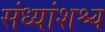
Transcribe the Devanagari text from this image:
संध्यांशश्च